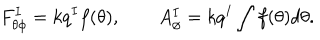
LaTeX: F _ { \theta \phi } ^ { I } = k q ^ { I } f ( \theta ) , \qquad A _ { \phi } ^ { I } = k q ^ { I } \int f ( \theta ) d \theta .